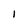
Character: 1